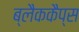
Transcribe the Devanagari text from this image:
ब्लैककैप्स